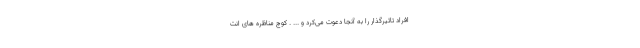
افراد تاثیرگذار را به آنجا دعوت می‌کرد و ... . کوچ مناظره های انت